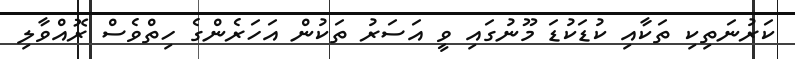
ކަރުނަތިކި ތަކާއި ކުޑަކުޑަ މޫނުގައި ވީ އަސަރު ތަކުން އަހަރެންގެ ހިތްވެސް ރޮއްވާލި